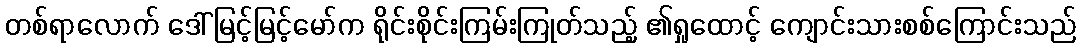
တစ်ရာလောက် ဒေါ်မြင့်မြင့်မော်က ရိုင်းစိုင်းကြမ်းကြုတ်သည့် ၏ရှုထောင့် ကျောင်းသားစစ်ကြောင်းသည်